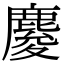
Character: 𪊴